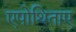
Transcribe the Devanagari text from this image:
एपोथिताए